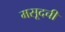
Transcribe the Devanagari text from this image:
मसूदची